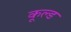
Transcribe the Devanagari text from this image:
कूल्‍ड